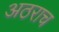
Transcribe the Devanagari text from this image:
अठराच